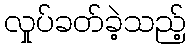
လှုပ်ခတ်ခဲ့သည့်